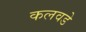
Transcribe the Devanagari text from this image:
कलवडे